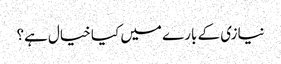
نیازی کے بارے میں کیا خیال ہے؟